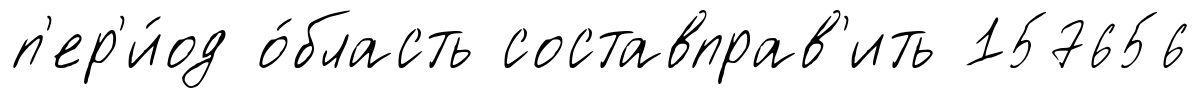
п'ер'и́од о́бласть составправ'ить 157656